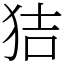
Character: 狤